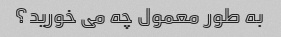
به طور معمول چه می خورید؟